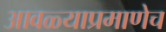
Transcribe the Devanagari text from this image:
आवळ्याप्रमाणेच